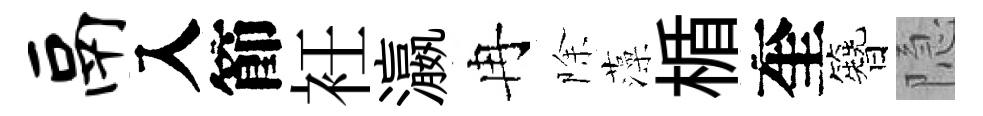
鬲入節衽瀛冉除藻楯奎簪隐